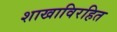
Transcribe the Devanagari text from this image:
शाखाविरहित